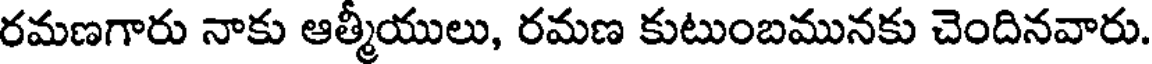
రమణగారు నాకు ఆత్మీయులు, రమణ కుటుంబమునకు చెందినవారు.